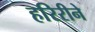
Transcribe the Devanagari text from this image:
हरिरीने